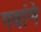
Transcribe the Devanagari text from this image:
गवांने